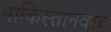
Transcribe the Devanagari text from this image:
पाकिस्तानवरच